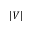
\vert V \vert